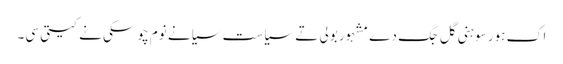
اک ہور سوہنی گل جگ دے مشہور بولی تے سیاست سیانے نوم چوسکی نے کیتی سی۔